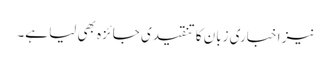
نیز اخباری زبان کا تنقیدی جائزہ بھی لیا ہے۔